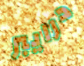
درايبر